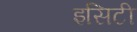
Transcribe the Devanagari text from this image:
इसिटी